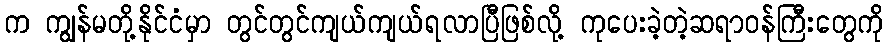
က ကျွန်မတို့နိုင်ငံမှာ တွင်တွင်ကျယ်ကျယ်ရလာပြီဖြစ်လို့ ကုပေးခဲ့တဲ့ဆရာဝန်ကြီးတွေကို